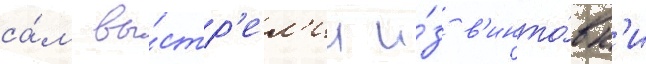
са́м вы́стр'ел'ил и́з в'инто́вк'и